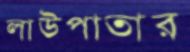
লাউপাতার